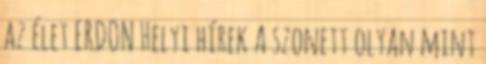
az élet ERDON Helyi hírek A szonett olyan mint